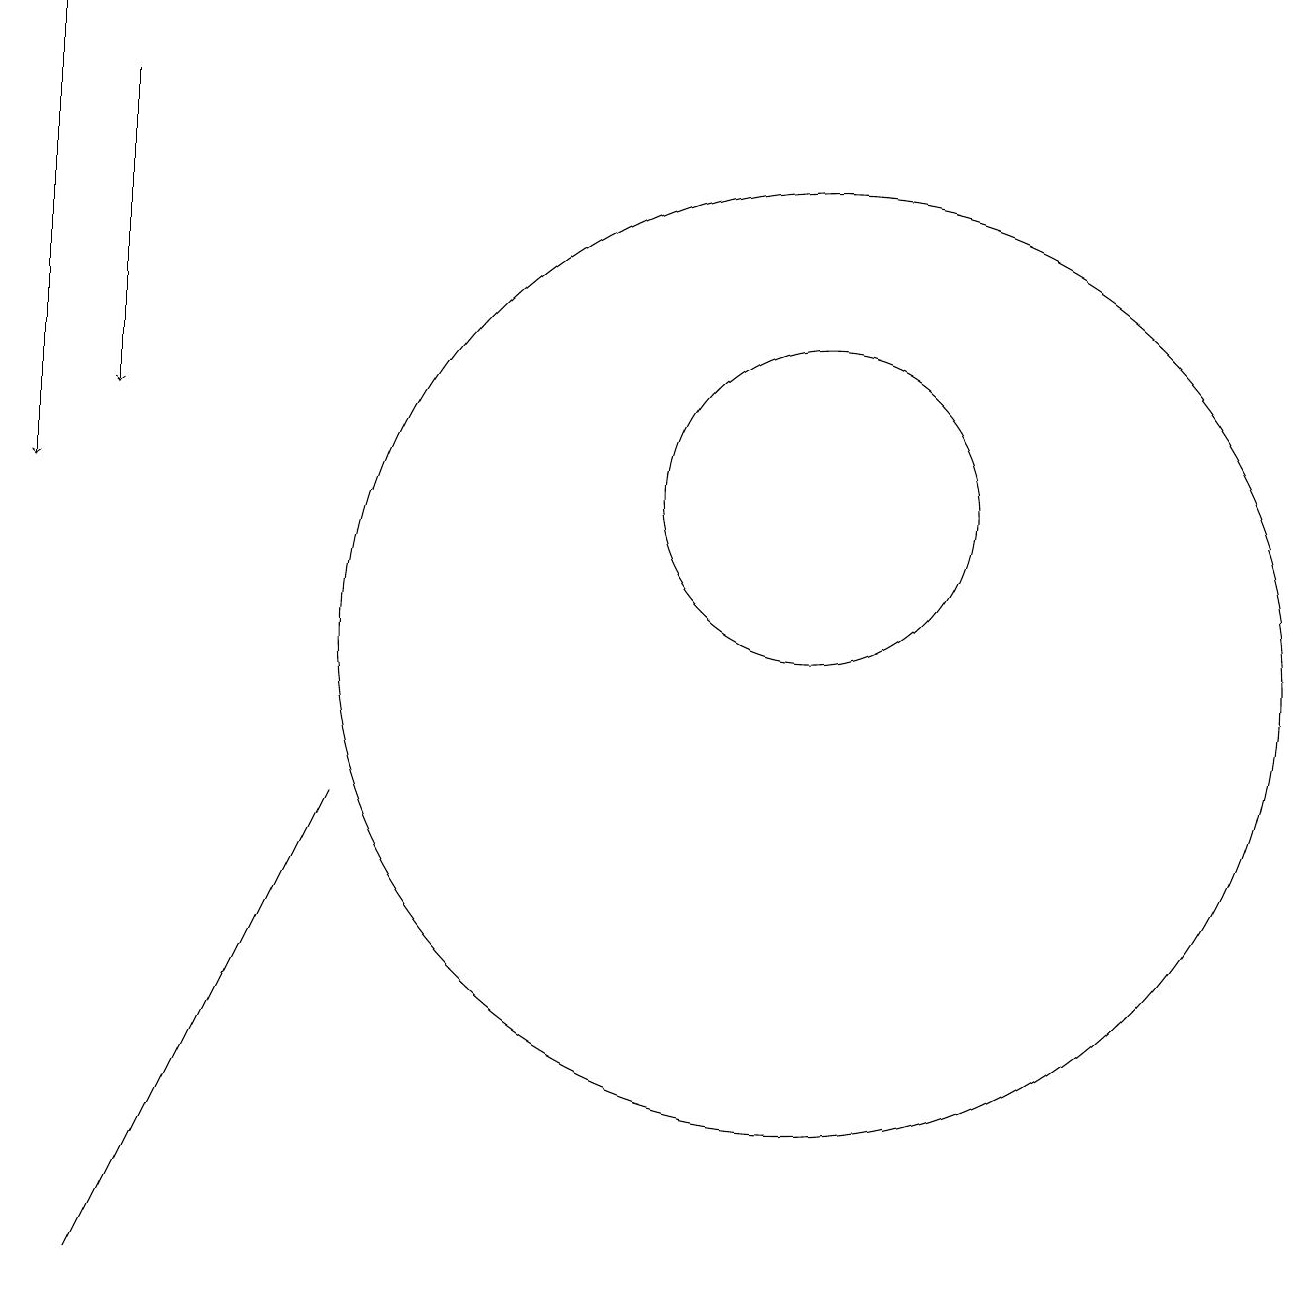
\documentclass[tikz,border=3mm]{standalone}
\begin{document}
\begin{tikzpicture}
\draw (11,12) circle (2);
\draw[->] (2,17) -- (2,13);
\draw (5,8) -- (4,6) -- (2,2) -- cycle;
\draw (11,10) circle (6);
\draw[->] (1,18) -- (1,12);
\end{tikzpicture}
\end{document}